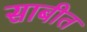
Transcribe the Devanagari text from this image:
साबीत